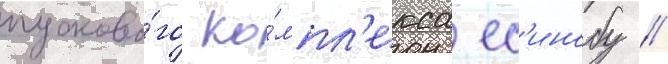
пусково́го ко́мпл'екса ес'инобу //